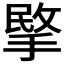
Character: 𢰞